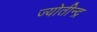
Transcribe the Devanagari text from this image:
ज्योतीन्द्र